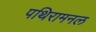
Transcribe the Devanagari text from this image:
पथिरामनल